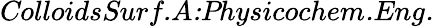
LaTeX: \textit{ColloidsSurf.A:Physicochem.Eng.}